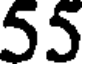
55